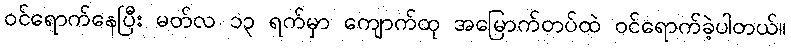
ဝင်ရောက်နေပြီး မတ်လ ၁၃ ရက်မှာ ကျောက်ထု အမြောက်တပ်ထဲ ဝင်ရောက်ခဲ့ပါတယ်။